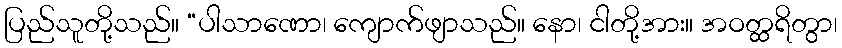
ပြည်သူတို့သည်။ “ပါသာဏော၊ ကျောက်ဖျာသည်။ နော၊ ငါတို့အား။ အဝတ္ထရိတွာ၊